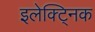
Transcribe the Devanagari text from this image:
इलेक्ट्निक